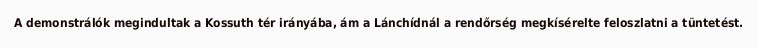
A demonstrálók megindultak a Kossuth tér irányába, ám a Lánchídnál a rendőrség megkísérelte feloszlatni a tüntetést.